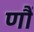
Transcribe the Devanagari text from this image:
णौं